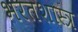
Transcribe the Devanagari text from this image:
भरतशास्त्र